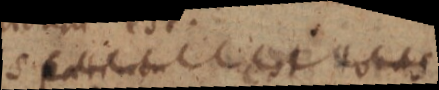
spatium est _